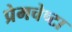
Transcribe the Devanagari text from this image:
प्रेमचेष्टा